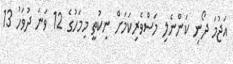
އަޖުމަ ދޯނި ކަންނެލި މަސްވެރިކަމަށް ނިކުތީ މިމަހުގެ 12 ވަނަ ދުވަހު 13